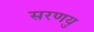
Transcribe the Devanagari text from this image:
सरणयु